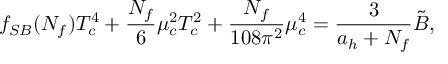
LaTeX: f _ { S B } ( N _ { f } ) T _ { c } ^ { 4 } + { \frac { N _ { f } } { 6 } } \mu _ { c } ^ { 2 } T _ { c } ^ { 2 } + { \frac { N _ { f } } { 1 0 8 \pi ^ { 2 } } } \mu _ { c } ^ { 4 } = { \frac { 3 } { a _ { h } + N _ { f } } } \tilde { B } ,